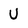
Character: U